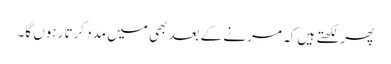
پھر لکھتے ہیں کہ مرنے کے بعد بھی میں مدد کرتا رہوں گا۔